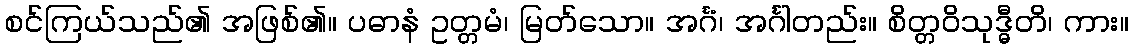
စင်ကြယ်သည်၏ အဖြစ်၏။ ပဓာနံ ဥတ္တမံ၊ မြတ်သော။ အင်္ဂံ၊ အင်္ဂါတည်း။ စိတ္တဝိသုဒ္ဓီတိ၊ ကား။